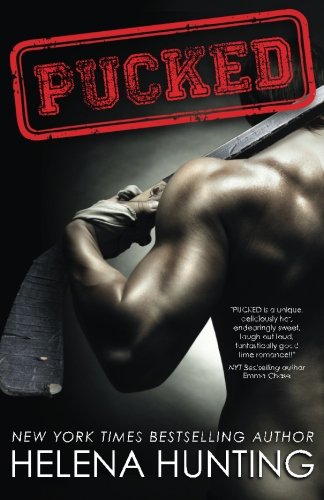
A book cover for Pucked; Helena Hunting; Romance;